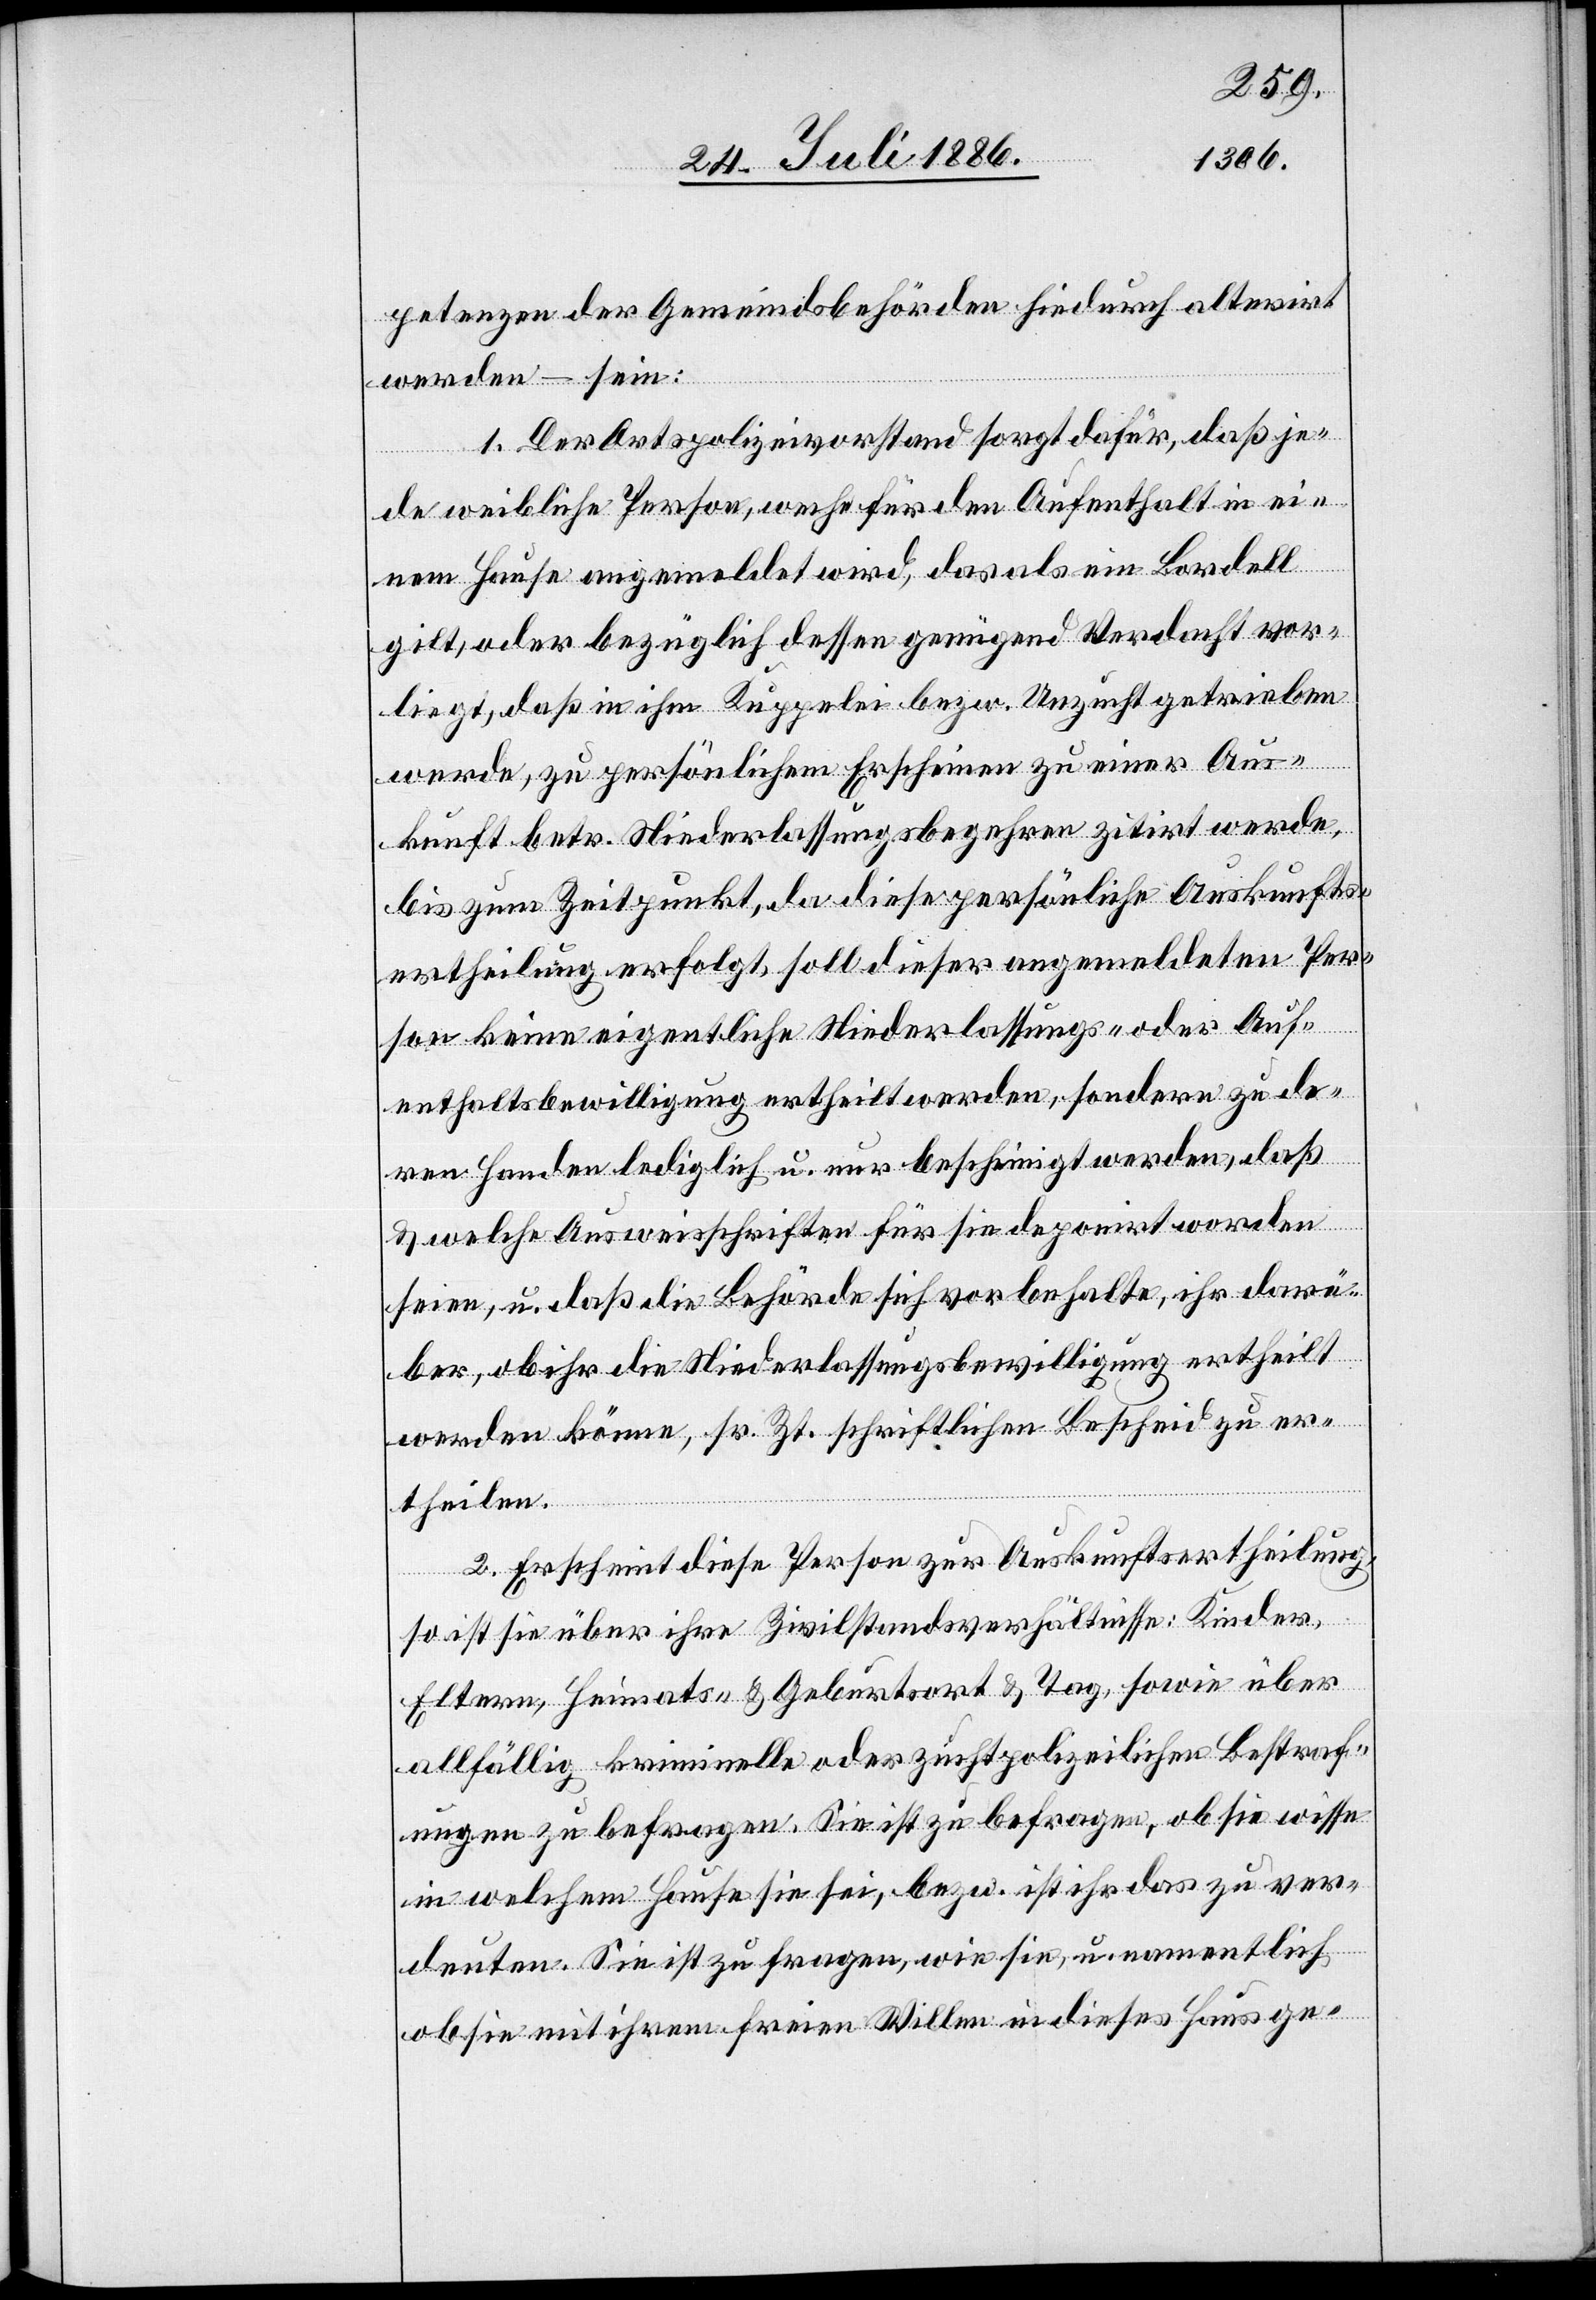
petenzen der Gemeindsbehörden hiedurch alterirt
werden – sein:
1. Der Ortspolizeivorstand sorgt dafür, daß je¬
de weibliche Person, we[l]che für den Aufenthalt in ei¬
nem Hause angemeldet wird, das als ein Bordell
gilt, oder bezüglich dessen genügend Verdacht vor¬
liegt, daß in ihm Kuppelei bezw. Unzucht getrieben
werde, zu persönlichem Erscheinen zu einer Aus¬
kunft betr. Niederlassungsbegehren zitirt werde,
bis zum Zeitpunkt, da diese persönliche Auskunfts¬
ertheilung erfolgt, soll dieser angemeldeten Per¬
son keine eigentliche Niederlassungs- oder Auf¬
enthaltsbewilligung ertheilt werden, sondern zu de¬
ren Handen lediglich u. nur bescheinigt werden, daß
& welche Ausweisschriften für sie deponirt worden
seien, u. daß die Behörde sich vorbehalte, ihr darü¬
ber, ob ihr die Niederlassungsbewilligung ertheilt
werden könne, sr. Zt. schriftlichen Bescheid zu er¬
theilen.
2. Erscheint diese Person zur Auskunftsertheilung,
so ist sie über ihre Zivilstandsverhältnisse: Kinder,
Eltern, Heimat-. & Geburtsort & Tag, sowie über
allfällig kriminelle oder zuchtpolizeilichen Bestraf¬
ungen zu befragen. Sie ist zu befragen, ob sie wisse
in welchem Hause sie sei, bezw. wie sie, u. namentlich
ob sie mit ihrem freien Willen in dieses Hause ge-